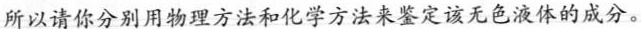
所以请你分别用物理方法和化学方法来鉴定该无色液体的成分。